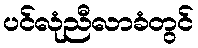
ပင်လုံညီလာခံတွင်